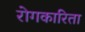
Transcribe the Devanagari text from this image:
रोगकारिता